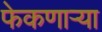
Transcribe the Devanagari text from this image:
फेकणार्‍या